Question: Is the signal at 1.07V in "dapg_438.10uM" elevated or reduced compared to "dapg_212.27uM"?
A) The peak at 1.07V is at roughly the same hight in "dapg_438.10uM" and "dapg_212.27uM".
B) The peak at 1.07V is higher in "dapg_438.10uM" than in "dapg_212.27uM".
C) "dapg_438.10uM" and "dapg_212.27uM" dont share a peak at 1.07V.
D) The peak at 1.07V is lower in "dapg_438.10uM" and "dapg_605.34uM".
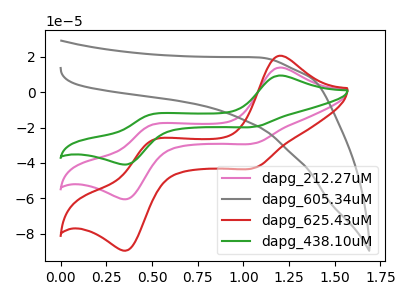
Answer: <think>The pink curve "dapg_212.27uM" has anodic peaks at (1.20V, 13.90uA) (0.50V, -18.70uA) and cathodic peaks at (1.05V, -28.85uA) (0.35V, -60.30uA). The gray curve "dapg_605.34uM" has no peaks. The red curve "dapg_625.43uM" has anodic peaks at (1.20V, 20.60uA) (0.50V, -27.70uA) and cathodic peaks at (1.05V, -42.70uA) (0.35V, -89.20uA). The green curve "dapg_438.10uM" has anodic peaks at (1.20V, 27.85uA) (0.50V, -37.40uA) and cathodic peaks at (1.05V, -57.70uA) (0.35V, -120.55uA).</think>
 <answer>B) The peak at 1.07V is higher in "dapg_438.10uM" than in "dapg_212.27uM".</answer>
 <eval>B</eval>